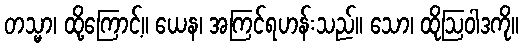
တသ္မာ၊ ထို့ကြောင့်။ ယေန၊ အကြင်ရဟန်းသည်။ သော၊ ထိုဩဝါဒကို။